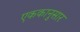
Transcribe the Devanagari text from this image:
एककानुसार